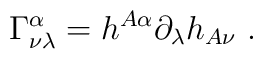
\Gamma^{\alpha}_{\nu\lambda}=h^{A\alpha}\partial_\lambda h_{A\nu} ~.